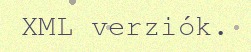
XML verziók.